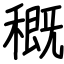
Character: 穊